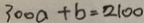
3 0 0 a + b = 2 1 0 0